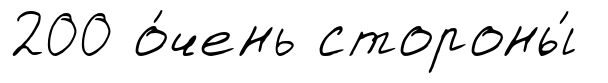
200 о́чень стороны́